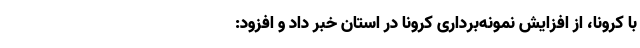
با کرونا، از افزایش نمونه‌برداری کرونا در استان خبر داد و افزود: